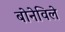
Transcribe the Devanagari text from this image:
बोनेविले